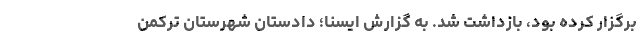
برگزار کرده بود، بازداشت شد. به گزارش ایسنا؛ دادستان شهرستان ترکمن